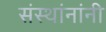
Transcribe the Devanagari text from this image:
संस्थांनांनी